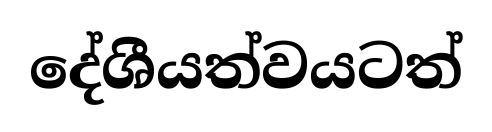
දේශීයත්වයටත්